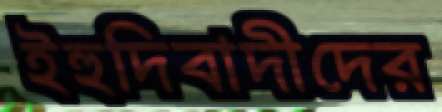
ইহুদিবাদীদের